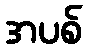
အပစ်